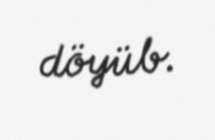
döyüb.